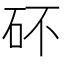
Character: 𥐴